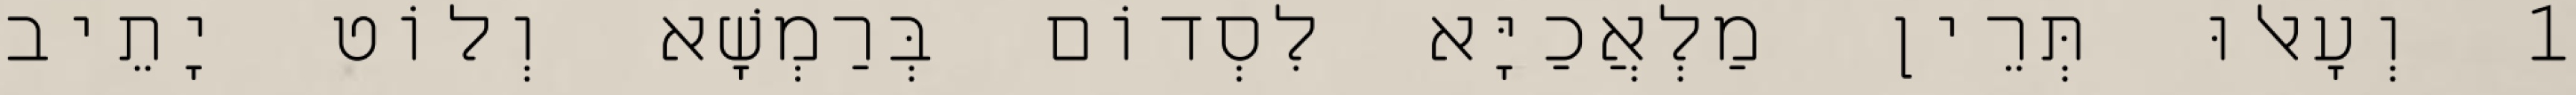
1 וְעָאלוּ תְּרֵין מַלְאֲכַיָּא לִסְדוֹם בְּרַמְשָׁא וְלוֹט יָתֵיב